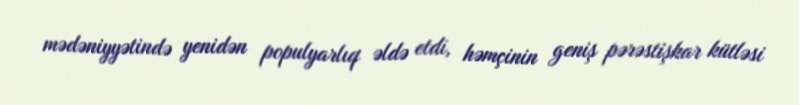
mədəniyyətində yenidən populyarlıq əldə etdi, həmçinin geniş pərəstişkar kütləsi